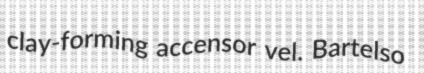
clay-forming accensor vel. Bartelso